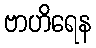
ဗာဟိရေန